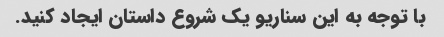
با توجه به این سناریو یک شروع داستان ایجاد کنید.